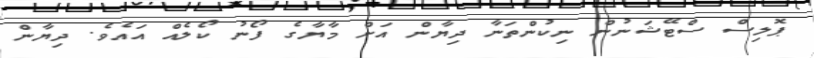
ޕޮލިސް ސްޓޭޝަނުން ނިކުންތަނާ ދިޔާން އަށް މާޔާގެ ފޯނު ކޯލެއް އައެވެ. ދިޔާން